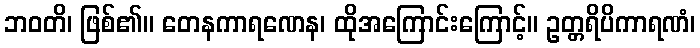
ဘဝတိ၊ ဖြစ်၏။ တေနကာရဏေန၊ ထိုအကြောင်းကြောင့်။ ဥတ္တရိပိကာရဏံ၊